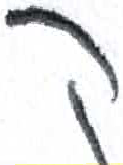
אות: ק